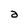
Character: a